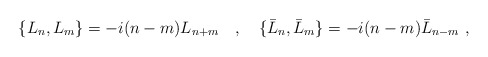
\begin{align*}\{L_n,L_m\}=-i(n-m)L_{n+m}\ \ \ ,\ \ \ \{\bar{L}_n,\bar{L}_m\}=-i(n-m)\bar{L}_{n-m}\ ,\end{align*}